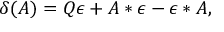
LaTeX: \delta ( A ) = Q \epsilon + A * \epsilon - \epsilon * A ,